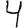
Digit: 4